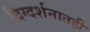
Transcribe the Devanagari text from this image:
दिग्दर्शनातही